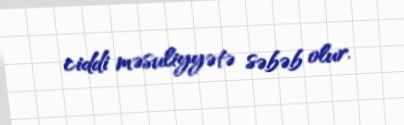
ciddi məsuliyyətə səbəb olur.